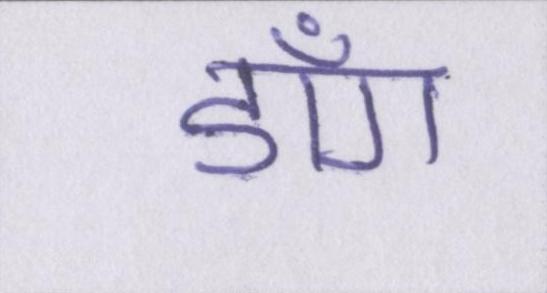
डाँग